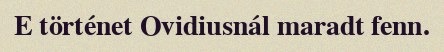
E történet Ovidiusnál maradt fenn.